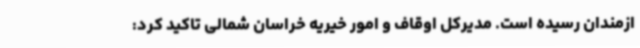
ازمندان رسیده است. مدیرکل اوقاف و امور خیریه خراسان شمالی تاکید کرد: